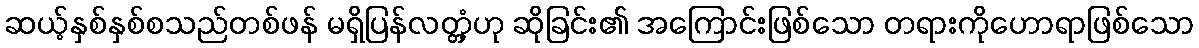
ဆယ့်နှစ်နှစ်စသည်တစ်ဖန် မရှိပြန်လတ္တံ့ဟု ဆိုခြင်း၏ အကြောင်းဖြစ်သော တရားကိုဟောရာဖြစ်သော